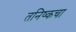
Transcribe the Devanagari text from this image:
तनिष्कचा